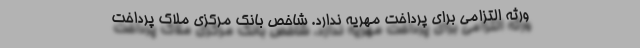
ورثه التزامی برای پرداخت مهریه ندارد. شاخص بانک مرکزی ملاک پرداخت